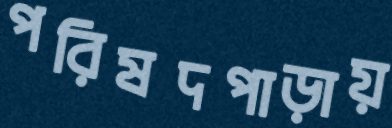
পরিষদপাড়ায়